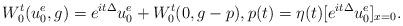
LaTeX: \begin{align*} W^t_0(u_0^e, g) = e^{it\Delta} u_0^e + W^t_0(0, g-p), p(t) = \eta(t) [ e^{it\Delta} u_0^e]_{x=0}. \end{align*}